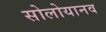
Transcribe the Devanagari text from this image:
सोलोयानव